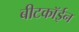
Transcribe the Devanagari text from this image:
बीटकॉईन